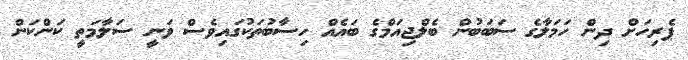
ޕެރިހަށް ދިން ހަމަލާގެ ސަބަބުން ބެލްޖިއަމްގެ ބައެއް ހިސާބުތަކުގައިވެސް ވަނީ ސަލާމަތީ ކަންކަން